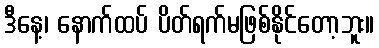
ဒီနေ့၊ နောက်ထပ် ပိတ်ရက်မဖြစ်နိုင်တော့ဘူး။